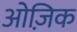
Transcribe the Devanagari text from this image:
ओज़िक